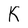
Character: K